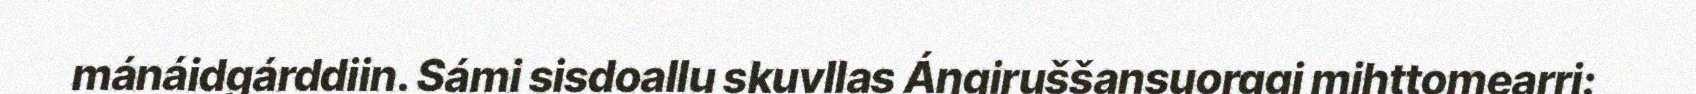
mánáidgárddiin. Sámi sisdoallu skuvllas Áŋgiruššansuorggi mihttomearri: